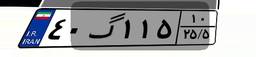
۴۰گ۱۱۵۱۰